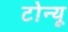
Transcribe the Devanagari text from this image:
टोन्यू